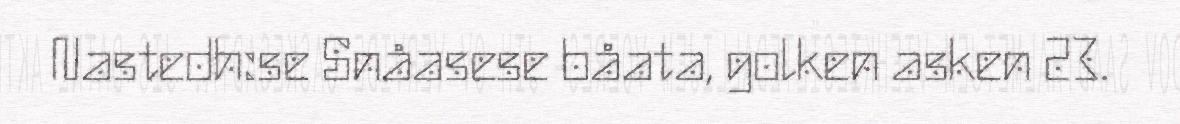
Nastedh:se Snåasese båata, golken asken 23.